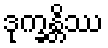
ဒုက္ခန္တိဿ